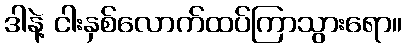
ဒါနဲ့ ငါးနှစ်လောက်ထပ်ကြာသွားရော။